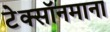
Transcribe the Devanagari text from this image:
टेक्सॉनमाना